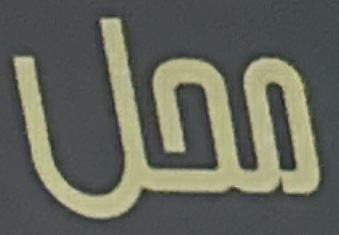
محل